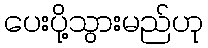
ပေးပို့သွားမည်ဟု